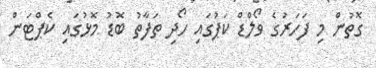
ގޮތުން މި ފަހަރުގެ ވޯލްޑް ކަޕުގައި ހޯދި ތަފާތު ބޮޑު މޮޅުގައި ކެޕްޓަން